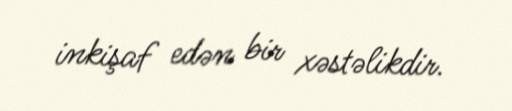
inkişaf edən bir xəstəlikdir.